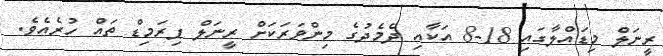
ރީނަލް މިޑައްލާގައި 18-8 އަކާއި ދެމެދުގެ މިންވަރަކަށް ރީނަލް ޕިރަމިޑް ތައް ހުރެއެވެ.